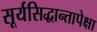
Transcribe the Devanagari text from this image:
सूर्यसिद्धान्तापेक्षा